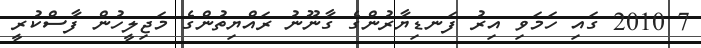
7 2010 ގައި ހަމަވި އިރު ފަނޑިޔާރުންގެ ގާނޫނު ރައްޔިތުންގެ މަޖިލީހުން ފާސްކުރީ